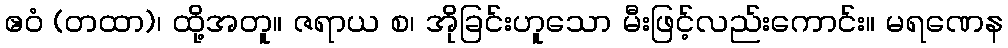
ဧဝံ (တထာ)၊ ထို့အတူ။ ဇရာယ စ၊ အိုခြင်းဟူသော မီးဖြင့်လည်းကောင်း။ မရဏေန